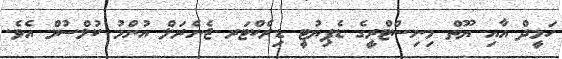
ހަމީދް އާއި ޔޫތް މިނިސްޓްރީގެ ޑެޕިޔުޓީ ޑިރެކްޓަރ ޖެނެރަލް އުންމު ކުލްސުމް އެވެ.